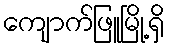
ကျောက်ဖြူမြို့ရှိ